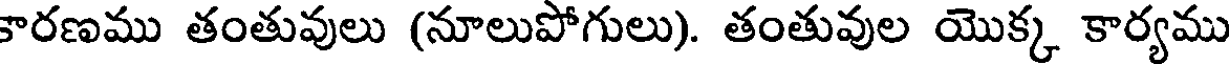
కారణము తంతువులు (నూలుపోగులు). తంతువుల యొక్క కార్యము